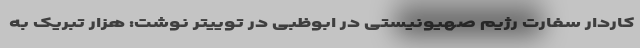
کاردار سفارت رژیم صهیونیستی در ابوظبی در توییتر نوشت: هزار تبریک به